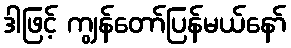
ဒါဖြင့် ကျွန်တော်ပြန်မယ်နော်